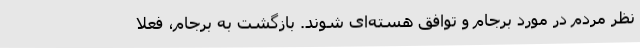
نظر مردم در مورد برجام و توافق هسته‌ای شوند. بازگشت به برجام، فعلا